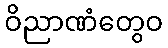
ဝိညာဏံတွေဝ